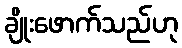
ချိုးဖောက်သည်ဟု